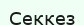
Секкез